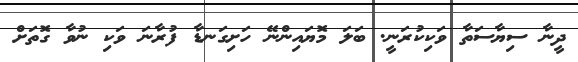
ދީނާ ސިޔާސަތާ ވަކިކުރަނީ. ބަލަ މޮޔައިންނޭ ހަށިގަނޑާ ފުރާނަ ވަކި ނުވާ ގޮތަށް